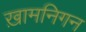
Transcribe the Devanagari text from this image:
ख़ामनिगन